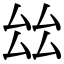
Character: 𠫬